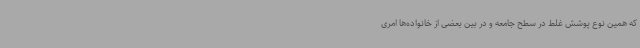
که همین نوع پوشش غلط در سطح جامعه و در بین بعضی از خانواده‌ها امری